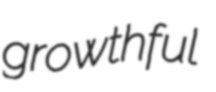
growthful